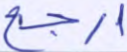
ارجع